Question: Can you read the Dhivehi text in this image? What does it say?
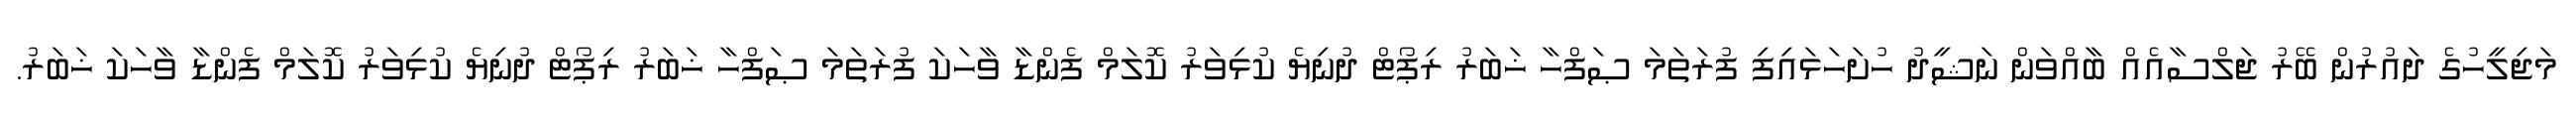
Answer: މަޖިލީހުގެ ދައުރުން ބޭރު ޖަލްސާއެއް ބާއްވަން ނަޝީދު ހުށަހަޅައިފި ފުރަތަމަ ޞަފްހާ ޚަބަރު ރިޕޯޓް ދުނިޔެ ކުޅިވަރު ކޮލަމް ފެންޑާ ވާހަކަ ފުރަތަމަ ޞަފްހާ ޚަބަރު ރިޕޯޓް ދުނިޔެ ކުޅިވަރު ކޮލަމް ފެންޑާ ވާހަކަ ޚަބަރު.